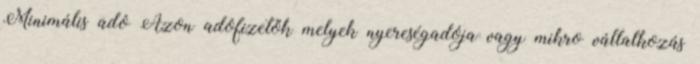
Minimális adó Azon adófizetők melyek nyereségadója vagy mikro vállalkozás